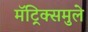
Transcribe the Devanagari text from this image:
मॅट्रिक्समुले